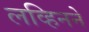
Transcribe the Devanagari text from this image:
लव्हिनने